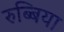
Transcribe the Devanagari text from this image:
रुब्बिया